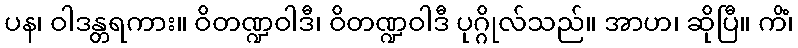
ပန၊ ဝါဒန္တရကား။ ဝိတဏ္ဍဝါဒီ၊ ဝိတဏ္ဍဝါဒီ ပုဂ္ဂိုလ်သည်။ အာဟ၊ ဆိုပြီ။ ကိံ၊